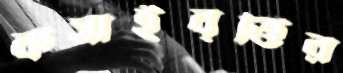
কসাইবৃত্তির